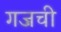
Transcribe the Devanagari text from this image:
गजची